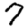
Digit: 7